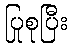
ပြုစုပြီး